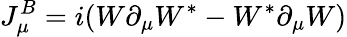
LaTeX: J_{\mu}^{B}=i(W\partial_{\mu}W^{*}-W^{*}\partial_{\mu}W)